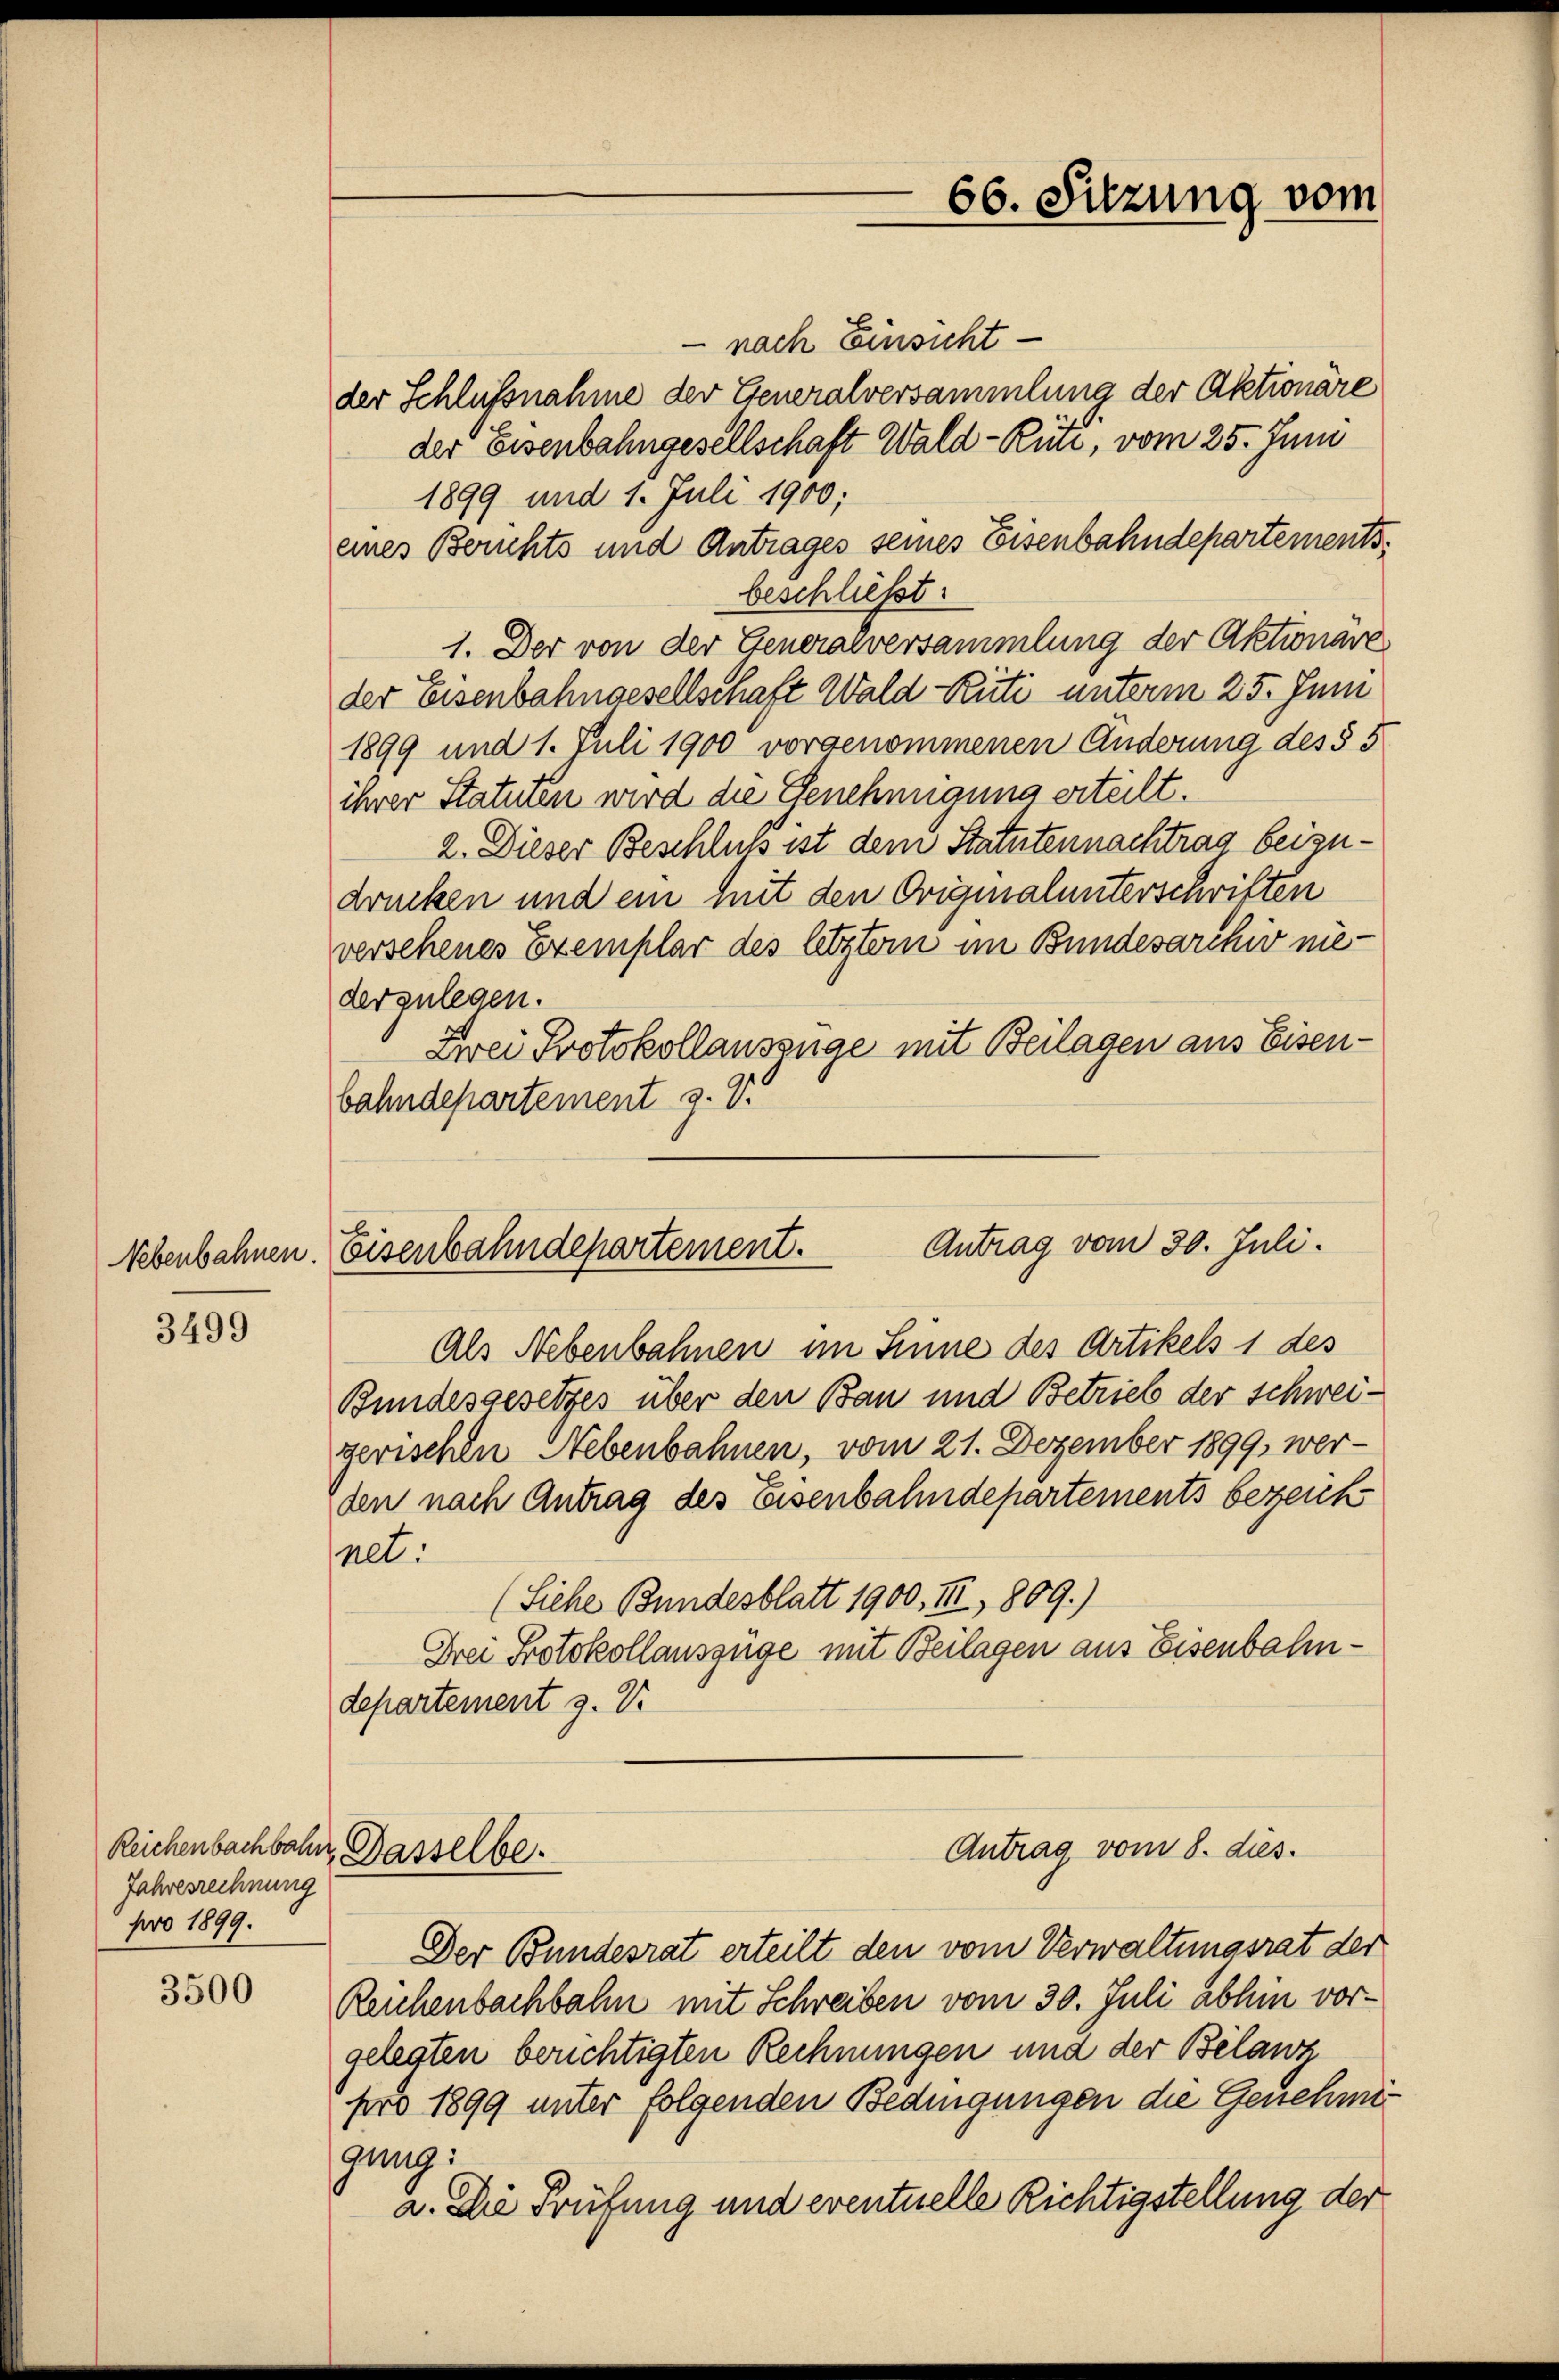
Nebenbahnen.

3499

Jahresrechnung
pro 1899.

3500

nach Einsichtder Schlußnahme der Generalversammlung der Aktionäre
der eisenbahngesellschaft Wald–Rüti, vom 25. Juni
1899 und 1. Juli 1900;
eines Berichts und Antrages seines Eisenbahndepartementsbeschließt:
1. Der von der Generalversammlung der Aktionare
der Eisenbahngesellschaft Wald Rüti unterm 25. Juni
1899 und 1. Juli 1900 vorgenommenen Änderung des § 5
ihrer Statuten wird die Genehmigung erteilt.
2. Dieser Beschluss ist dem Statutennachtrag beizudrucken und ein mit den Originalunterschriften
verschenes Exemplar des letztem im Bundesarchiv niederzulegen.
Zwei Protokollauszüge mit Beilagen aus Eisenbahndepartement z. V.

66. Sitzung vom

Antrag vom 30. Juli.
Eisenbahndepartement.

Als Nebenbahnen im Sinne des Artikels 1 des
Bundesgesetzes über den Bau und Betrieb der Schweigerischen Nebenbahnen, vom 21. Dezember 1899, werden nach Antrag des Eisenbahndepartements bezeich
net.
(Siehe Bundesblatt 1900, III, 1809.)
Drei Protokollauszüge mit Beilagen aus Eisenbahndepartement 3. V.
Reichenbachbahn, Dasselbe.
Antrag vom 8. dies
Der Bundesrat erteilt den vom Verwaltungsrat der
Reichenbachbahn mit Schreiben vom 30. Juli abhin vorgelegten berichtigten Rechnungen und der Belang
pro 1899 unter folgenden Bedingungen die Genehme
gung:
a. Die Prüfung und eventuelle Richtigstellung der